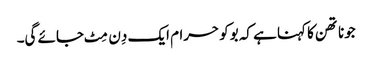
جوناتھن کا کہنا ہے کہ بوکو حرام ایک دِن مِٹ جائے گی۔